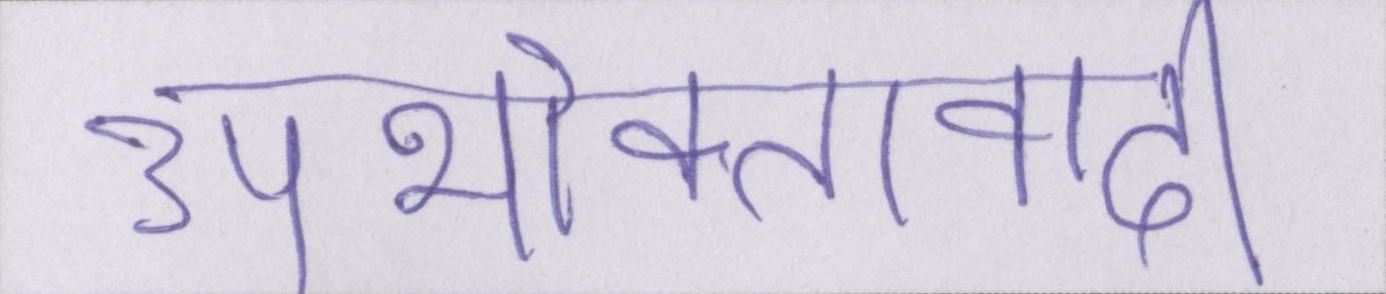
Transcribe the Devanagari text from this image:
उपभोक्तावादी